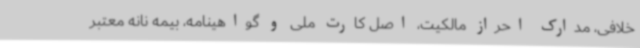
خلافی، مدارک احراز مالکیت، اصل کارت ملی و گواهینامه، بیمه نانه معتبر